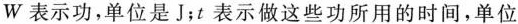
W表示功，单位是J；t表示做这些功所用的时间，单位